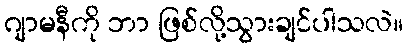
ဂျာမနီကို ဘာ ဖြစ်လို့သွားချင်ပါသလဲ။